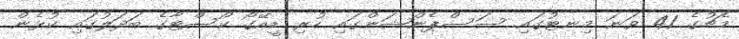
މެޗުގެ 41 ވަނަ މިނޓުގައި ސަސްޕެންޝަންގައި ހުރި ޑީއޭގޯ ކޯސްޓާގެ ބަދަލުގައި ކުޅެން